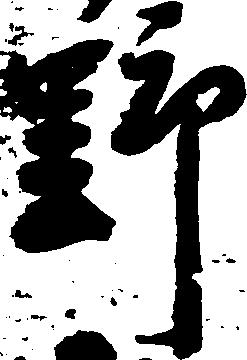
野